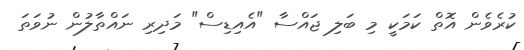
ކުރެވެން އޮތް ކަމަކީ މި ބަލި ޖައްސާ "އެއިޑިސް" މަދިރި ނައްތާލުން ނުވަތަ